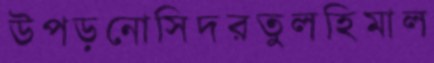
উপড়নোসিদরতুলহিমাল